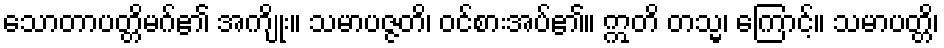
သောတာပတ္တိမဂ်၏ အကျိုး။ သမာပဇ္ဇတိ၊ ဝင်စားအပ်၏။ ဣတိ တသ္မ၊ ကြောင့်။ သမာပတ္တိ၊